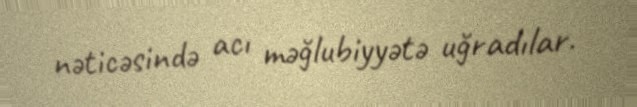
nəticəsində acı məğlubiyyətə uğradılar.